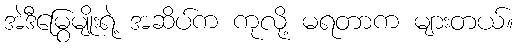
အဲဒီမြွေမျိုးရဲ့ အဆိပ်က ကုလို့ မရတာက များတယ်။